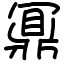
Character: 鼏